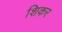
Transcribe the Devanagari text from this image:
शिकर